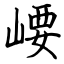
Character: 崾